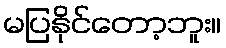
မပြနိုင်တော့ဘူး။